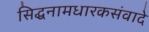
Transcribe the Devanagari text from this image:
सिद्धनामधारकसंवादे